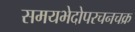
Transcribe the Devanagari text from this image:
समयभेदोपरचनचक्र